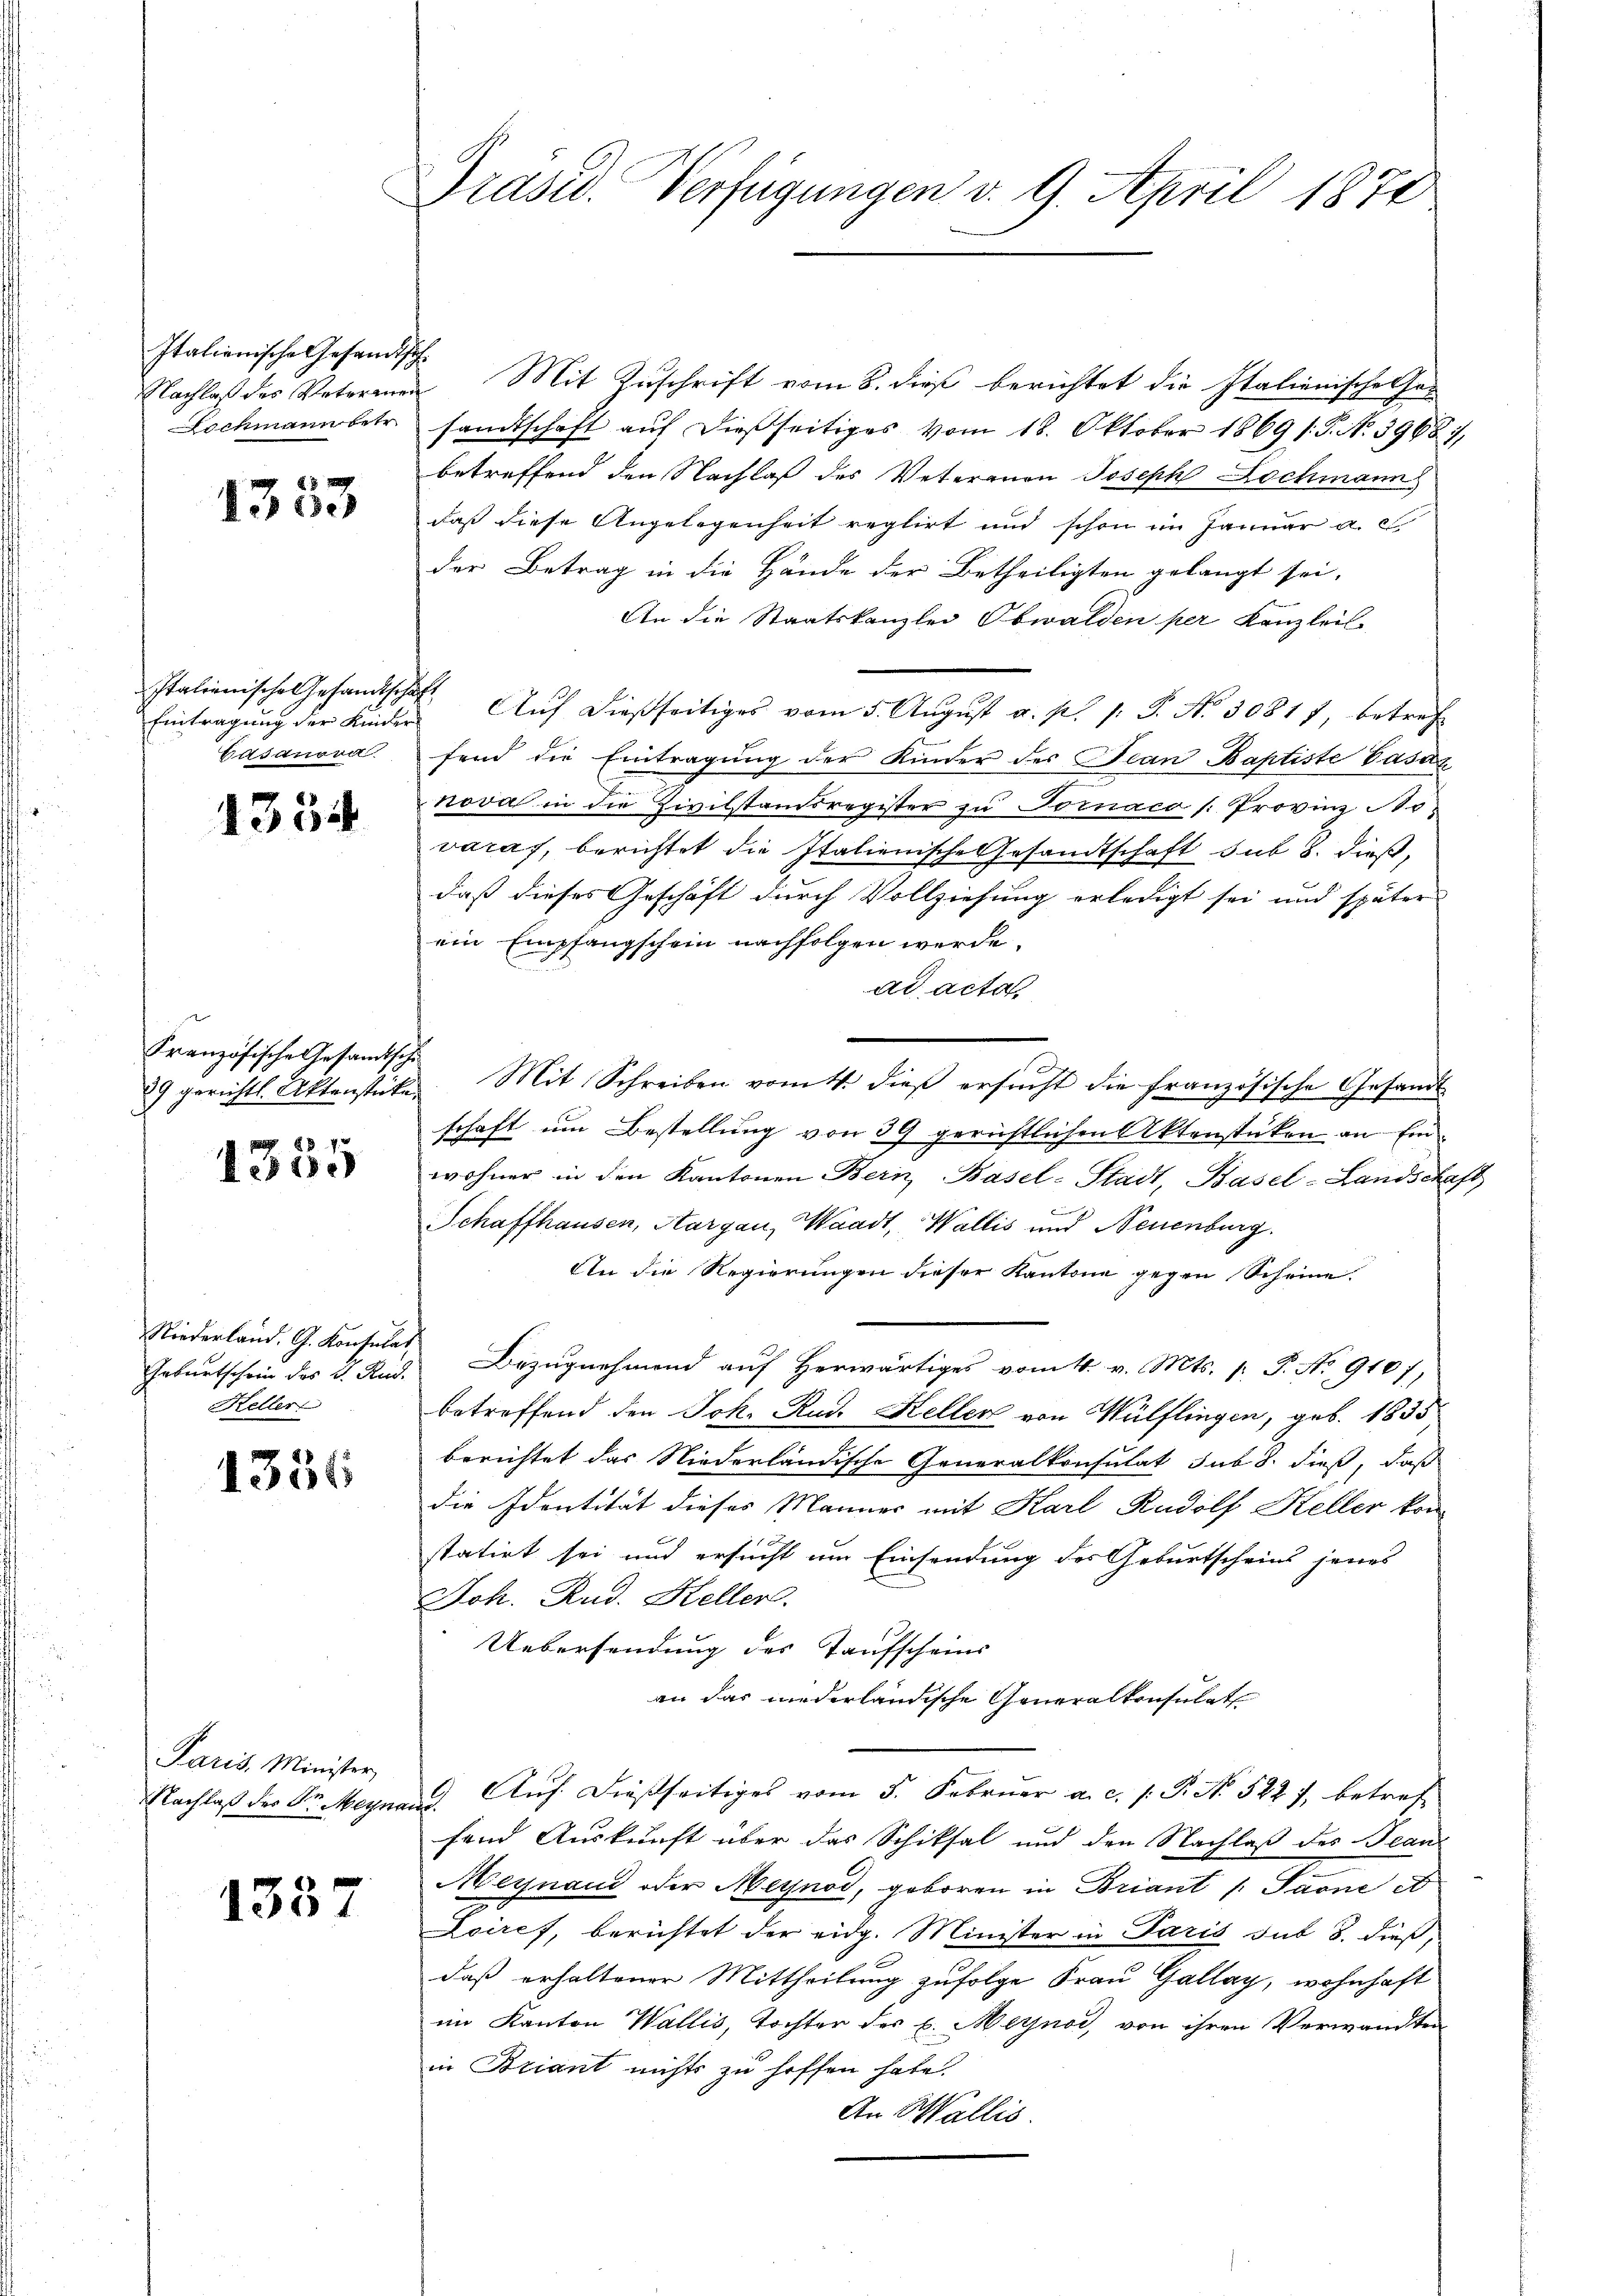
Italienische Gesandtsche
Lochmann betr.

1333

Italienische Gesandts
Eintragung der Kinder
Casanora

1334

Französische Gesandtschi

1335

Niederland. G. Konsulat
Geburtschein des V. Rud.
Keller

1356

Paris Minister,
Nachlaß des Dr. Meyna

1357

Präsid. Verfügungen v. 9. April 1870

Nachlaß des Votorenen Mit Zuschrift vom 8. dieß berichtet die Italienische sa-
sandtschaft auf dießseitiges vom 18. Oktober 1869 /: P. Nr. 3968),
betreffend den Nachlaß des Veteranen Joseph Lochmann
daß diese Angelegenheit reglirt und schon im Januar a. c.
der Betrag in die Hände der Betheiligten gelangt sei,
An die Staatskanzlei Obwalden per Kanzleil
Auf dießseitiges vom 5. August a. p. 1. P. Nr. 30817, betref
fend die Eintragung der Kinder der Jean Baptiste Vasaz
nova in die Zivilstandsregister zu Tornaco /: Provinz No
varaf, berichtet die Italienische Gesandtschaft sub 8. dieß,
daß dieses Geschäft durch Vollziehung erledigt sei und später
ein Empfangschein nachfolgen werde.
ad acta
29 gerichtl. Aktenstücke Mit Schreiben vom 4. dieβ ersucht die französische Gesandt
schaft um Bestellung von 39 gerichtlichen Aktenstücken an Einwohner in den Kantonen Bern, Basel-Stadt, Basel-Landschaft
Schaffhausen, Aargau, Waadt, Wallis und Neuenburg.
An die Regierungen dieser Kantone gegen Scheine.
Bezugnehmend auf herwärtiges vom 4. v. Mts. p. P. No 9107,
betreffend den Joh. Rud. Keller von Wülflingen, geb. 1855
berichtet das Niederländische Generalkonsulat sub 8. dieß, daß
die Identität dieses Männer mit Karl Rudolf Keller kon
statirt sei und ersucht um Einsendung des Geburtscheins jenes
Joh. Rud. Keller.
Uebersendung des Taufscheins
an das niederländische Generalkonsulat
9. Auf dießseitiges vom 5. Februar a. c. s. P. No. 522 f. betreff
fend Auskunft über das Schiksal und den Nachlaß des Tean
Meynaud oder Meynod, geboren in Briant /: Sarne et
Loires, berichtet der eidg. Minister in Paris sub 3. dieß,
daß erhaltener Mittheilung zufolge Frau Gallay, wohnhaft
im Kanton Wallis, Tochter des E. Meynod, von ihren Verwandten
in Briant nichts zu hoffen habe.
An Wallis.

a